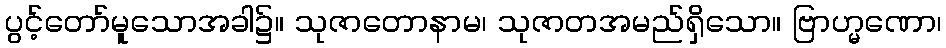
ပွင့်တော်မူသောအခါ၌။ သုဇာတောနာမ၊ သုဇာတအမည်ရှိသော။ ဗြာဟ္မဏော၊